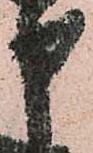
申